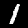
Label: 1